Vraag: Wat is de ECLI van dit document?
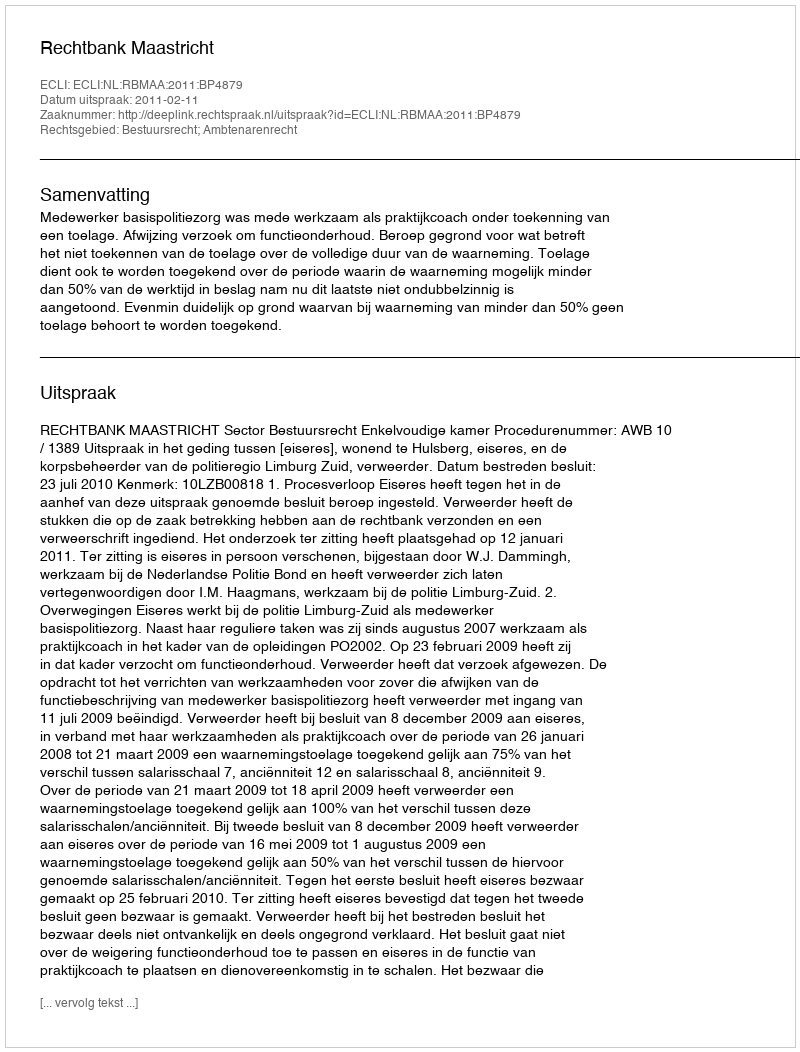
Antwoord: ECLI:NL:RBMAA:2011:BP4879